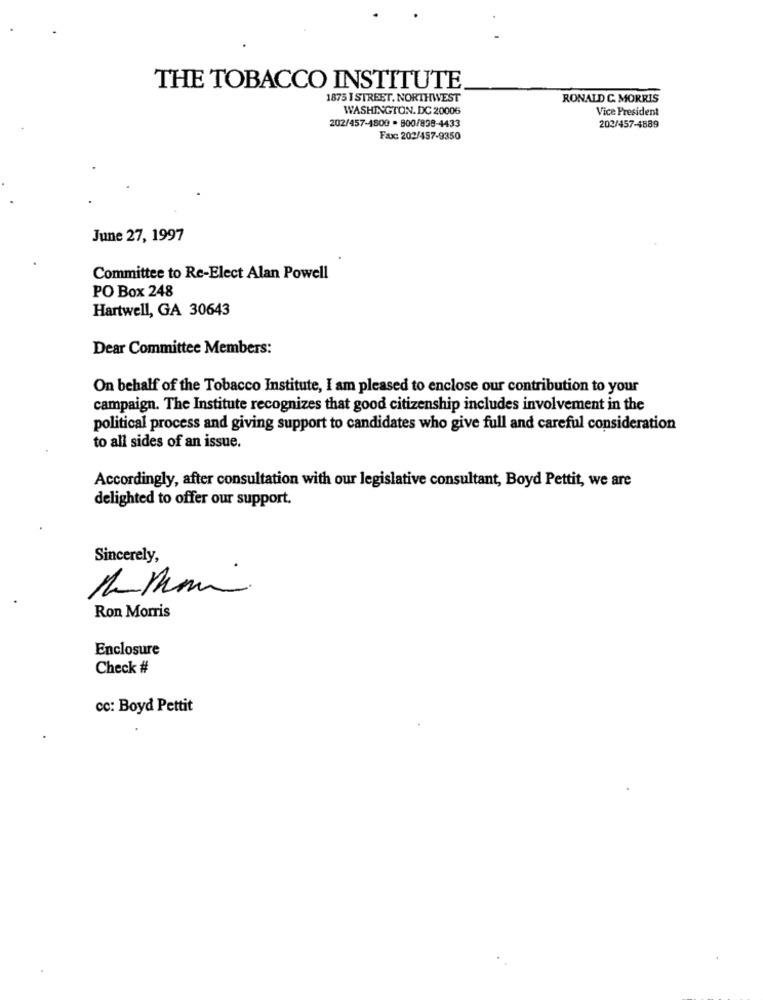
THE TOBACCO INSTITUTE
1875 I STREET. NORTHWEST
RONALD C. MORRIS
WASHINGTON, DC 20006
Vice President
202/457-1800 . 800/838-4433
202/457-4889
Fax: 202/457-9350
June 27, 1997
Committee to Re-Elect Alan Powell
PO Box 248
Hartwell, GA 30643
Dear Committee Members:
On behalf of the Tobacco Institute, I am pleased to enclose our contribution to your
campaign. The Institute recognizes that good citizenship includes involvement in the
political process and giving support to candidates who give full and careful consideration
to all sides of an issue.
Accordingly, after consultation with our legislative consultant, Boyd Pettit, we are
delighted to offer our support.
Sincerely,
Ron Morris
Enclosure
Check #
cc: Boyd Pettit